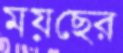
ময়ছের